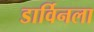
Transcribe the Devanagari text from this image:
डार्विनला